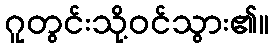
ဂူတွင်းသို့ဝင်သွား၏။